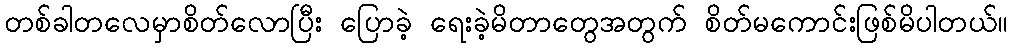
တစ်ခါတလေမှာစိတ်လောပြီး ပြောခဲ့ ရေးခဲ့မိတာတွေအတွက် စိတ်မကောင်းဖြစ်မိပါတယ်။